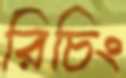
রিচিং